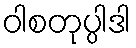
ဝါစတုပ္ပါဒါ